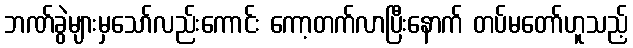
ဘဏ်ခွဲများမှသော်လည်းကောင်း ကော့တက်လာပြီးနောက် တပ်မတော်ဟူသည့်